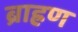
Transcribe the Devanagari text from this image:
ब्राह्रण